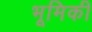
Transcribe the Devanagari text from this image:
भूमिकी